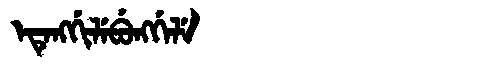
Manchu: ᡝᡨᡝᠩᡤᡳᠯᡝᠪᡠᠩᡤᡝᠯᡝ
Romanization: ETENGGILEBUNGGELE